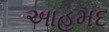
આહમદ